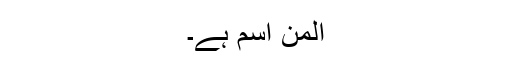
المن اسم ہے۔